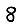
Digit: 8